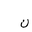
Letter: _non